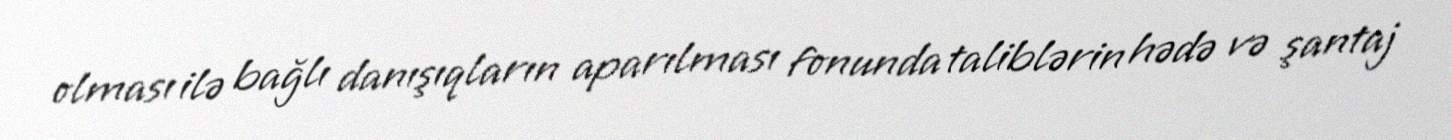
olması ilə bağlı danışıqların aparılması fonunda taliblərin hədə və şantaj